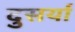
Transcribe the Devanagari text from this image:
दुसर्या